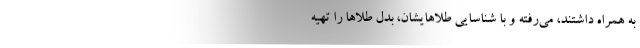
به همراه داشتند، می‌رفته و با شناسایی طلاهایشان، بدل طلا‌ها را تهیه